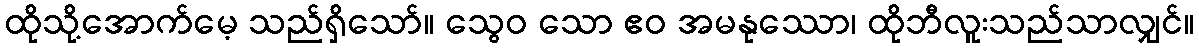
ထိုသို့အောက်မေ့ သည်ရှိသော်။ သွေဝ သော ဧဝ အမနုဿော၊ ထိုဘီလူးသည်သာလျှင်။